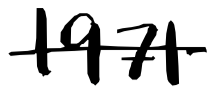
Text: 1971
Cross-out: single-line
Writing tool: digital_black